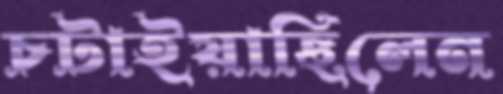
চটাইয়াছিলেন